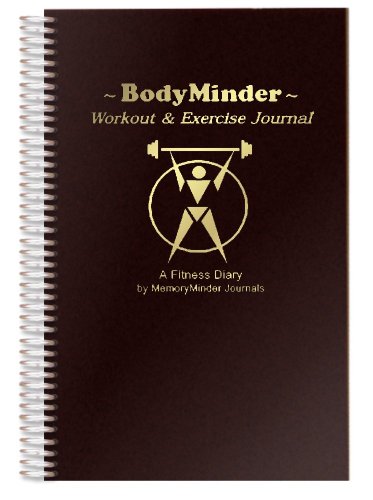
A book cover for BODYMINDER Workout and Exercise Journal (A Fitness Diary); F. E. Wilkins; Health, Fitness & Dieting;